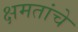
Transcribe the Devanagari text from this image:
क्षमतांचे